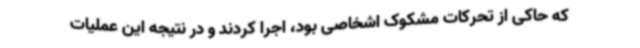
که حاکی از تحرکات مشکوک اشخاصی بود، اجرا کردند و در نتیجه این عملیات